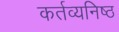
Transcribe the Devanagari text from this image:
कर्तव्‍यनिष्‍ठ